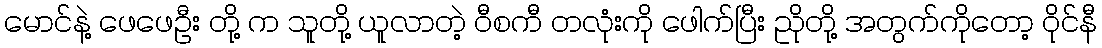
မောင်နဲ့ ဖေဖေဦး တို့ က သူတို့ ယူလာတဲ့ ဝီစကီ တလုံးကို ဖေါက်ပြီး ညိုတို့ အတွက်ကိုတော့ ဝိုင်နီ